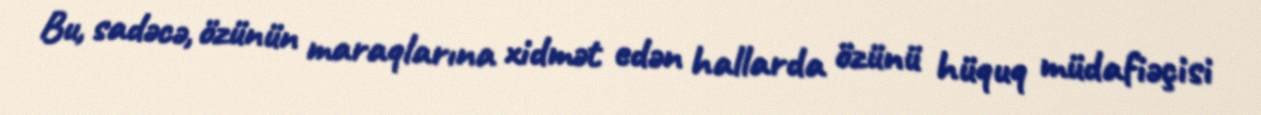
Bu, sadəcə, özünün maraqlarına xidmət edən hallarda özünü hüquq müdafiəçisi